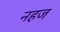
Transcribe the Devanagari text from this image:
नहज